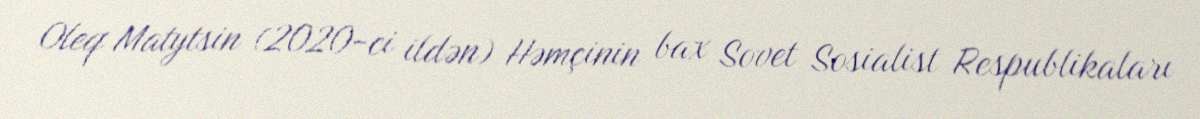
Oleq Matytsin (2020-ci ildən) Həmçinin bax Sovet Sosialist Respublikaları